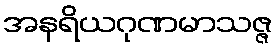
အနရိယဂုဏမာသဇ္ဇ